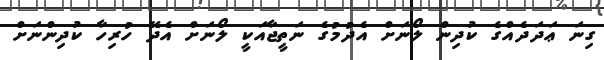
ގިނަ ޢަދަދެއްގެ ކުދިން ލޯނަށް އެދުމުގެ ނަތީޖާއަކީ ލޯނަށް އެދޭ ހުރިހާ ކުދިންނަށް